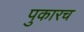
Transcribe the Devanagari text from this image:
पुकारच